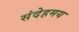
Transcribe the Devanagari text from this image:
संदेहमय